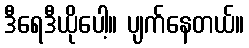
ဒီရေဒီယိုပေါ့။ ပျက်နေတယ်။